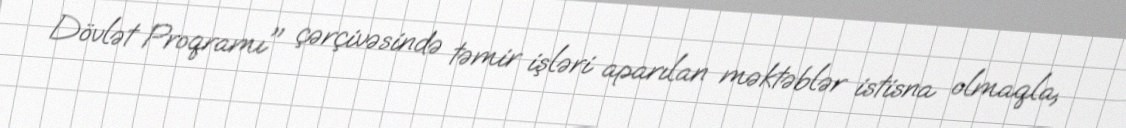
Dövlət Proqramı" çərçivəsində təmir işləri aparılan məktəblər istisna olmaqla,